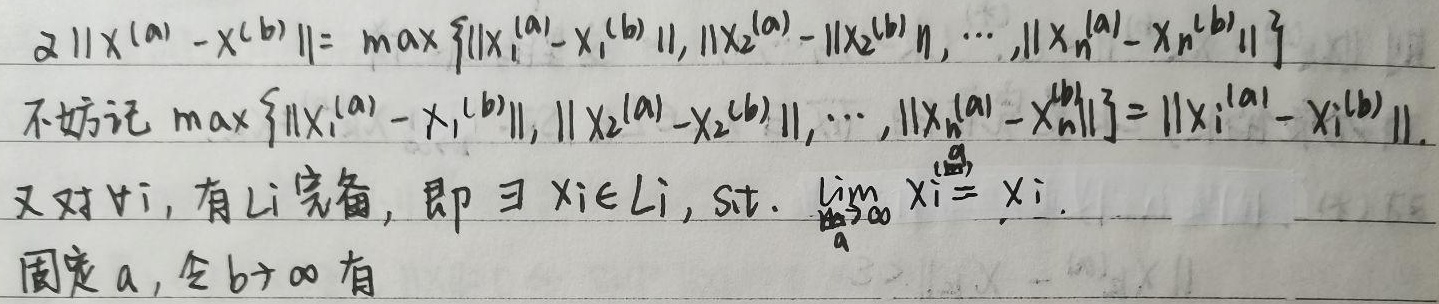
$2\lVert X^{(a)}-X^{(b)}\rVert=\max\left\{\lVert X_1^{(a)}-X_1^{(b)}\rVert,\lVert X_2^{(a)} - X_2^{(b)}\rVert,\cdots,\lVert X_n^{(a)}-X_n^{(b)}\rVert\right\}$
不妨记$\max\left\{\lVert X_1^{(a)}-X_1^{(b)}\rVert,\lVert X_2^{(a)}-X_2^{(b)}\rVert,\cdots,\lVert X_n^{(a)}-X_n^{(b)}\rVert\right\}=\lVert X_i^{(a)}-X_i^{(b)}\rVert$.
又对$\forall i$，有$L_i$完备，即$\exists X_i\in L_i,\text{ s.t. }\lim\limits_{b \to \infty} X_i^{(b)} = X_i$.
固定$a$，令$b\to\infty$有